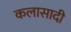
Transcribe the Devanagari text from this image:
कलासादी